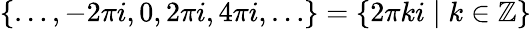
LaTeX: \{ \dots,-2\pi i,0,2\pi i,4\pi i,\dots\} =\{ 2\pi ki\mid k\in\mathbb{Z}\}